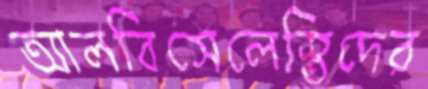
আলবিসেলেস্তিদের